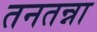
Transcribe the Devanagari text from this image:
तनतन्ना